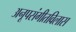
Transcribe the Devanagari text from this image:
अनूपसंगीतविलास